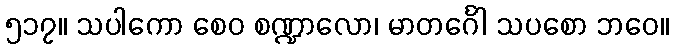
၅၁၇။ သပါကော စေဝ စဏ္ဍာလော၊ မာတင်္ဂေါ သပစော ဘဝေ။